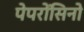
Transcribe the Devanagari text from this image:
पेपरोंसिनो